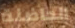
الحاضنة